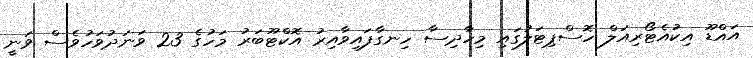
އައްޑޫ އިކުއެޓޯރިއަލް ހޮސްޕިޓަލުގައި މިހާދިސާ ހިނގާފައިވާއިރު އޮކްޓޫބަރު މަހުގެ 23 ވަނަދުވަހުވެސް ވަނީ